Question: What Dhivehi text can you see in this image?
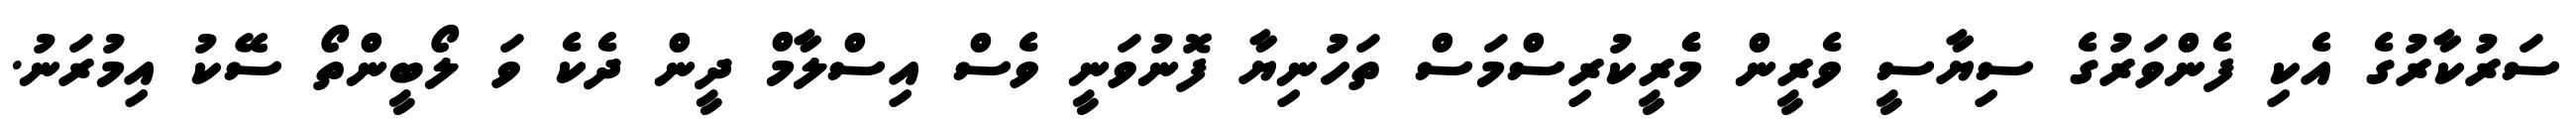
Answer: ސަރުކާރުގެ އެކި ފެންވަރުގެ ސިޔާސީ ވެރީން މެެރީކުރިސްމަސް ތަހުނިޔާ ފޮނުވަނީ ވެސް އިސްލާމް ދީން ދެކެ ވަ ލޯބީންތޯ ސޭކު އިމުރަނު.